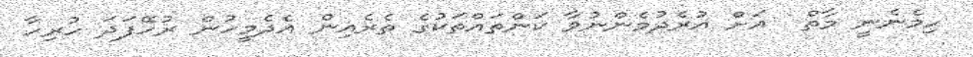
ހިމެނެނީ މާތް  އަށް އުރެދުމެންނުވާ ކަންތައްތަކުގެ ތެރެއިން އެދެމީހުން ރުހޭފަދަ ހުރިހާ